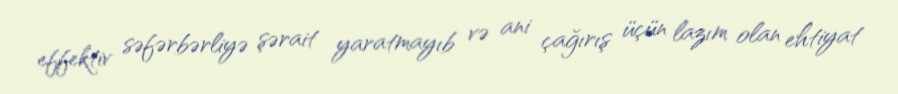
effektiv səfərbərliyə şərait yaratmayıb və ani çağırış üçün lazım olan ehtiyat